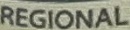
REGIONAL